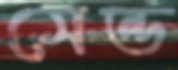
সেন্ড